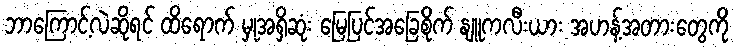
ဘာကြောင့်လဲဆိုရင် ထိရောက် မှုအရှိဆုံး မြေပြင်အခြေစိုက် နျူကလီးယား အဟန့်အတားတွေကို